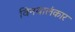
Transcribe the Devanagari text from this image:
विनयालंकार